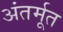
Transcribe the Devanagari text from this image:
अंतर्मूत